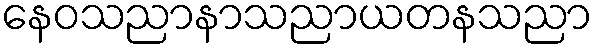
နေဝသညာနာသညာယတနသညာ